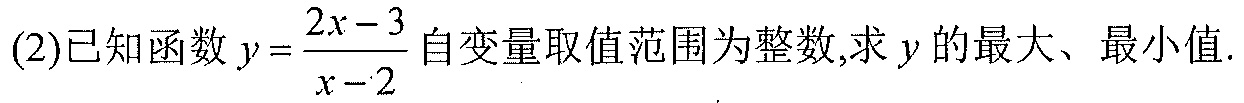
(2)已知函数\(y = \frac{2x - 3}{x - 2}\)自变量取值范围为整数,求\(y\)的最大、最小值.